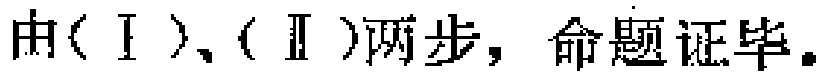
由\((\mathrm{I})\)、\((\mathrm{II})\)两步，命题证毕。